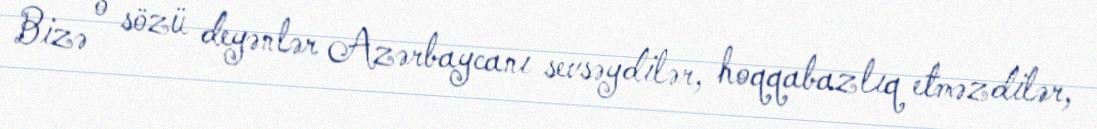
Bizə o sözü deyənlər Azərbaycanı sevsəydilər, hoqqabazlıq etməzdilər,